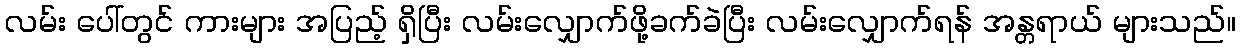
လမ်း ပေါ်တွင် ကားများ အပြည့် ရှိပြီး လမ်းလျှောက်ဖို့ခက်ခဲပြီး လမ်းလျှောက်ရန် အန္တရာယ် များသည်။